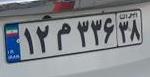
۱۲م۳۳۶۳۸